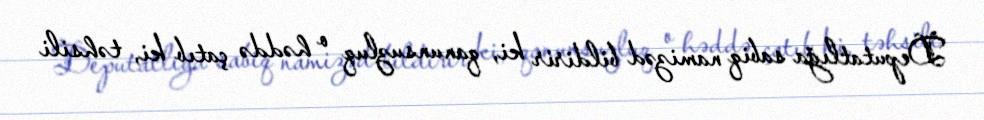
Deputatlığa sabiq namizəd bildirir ki, qanunsuzluq o həddə çatıb ki, təhsili